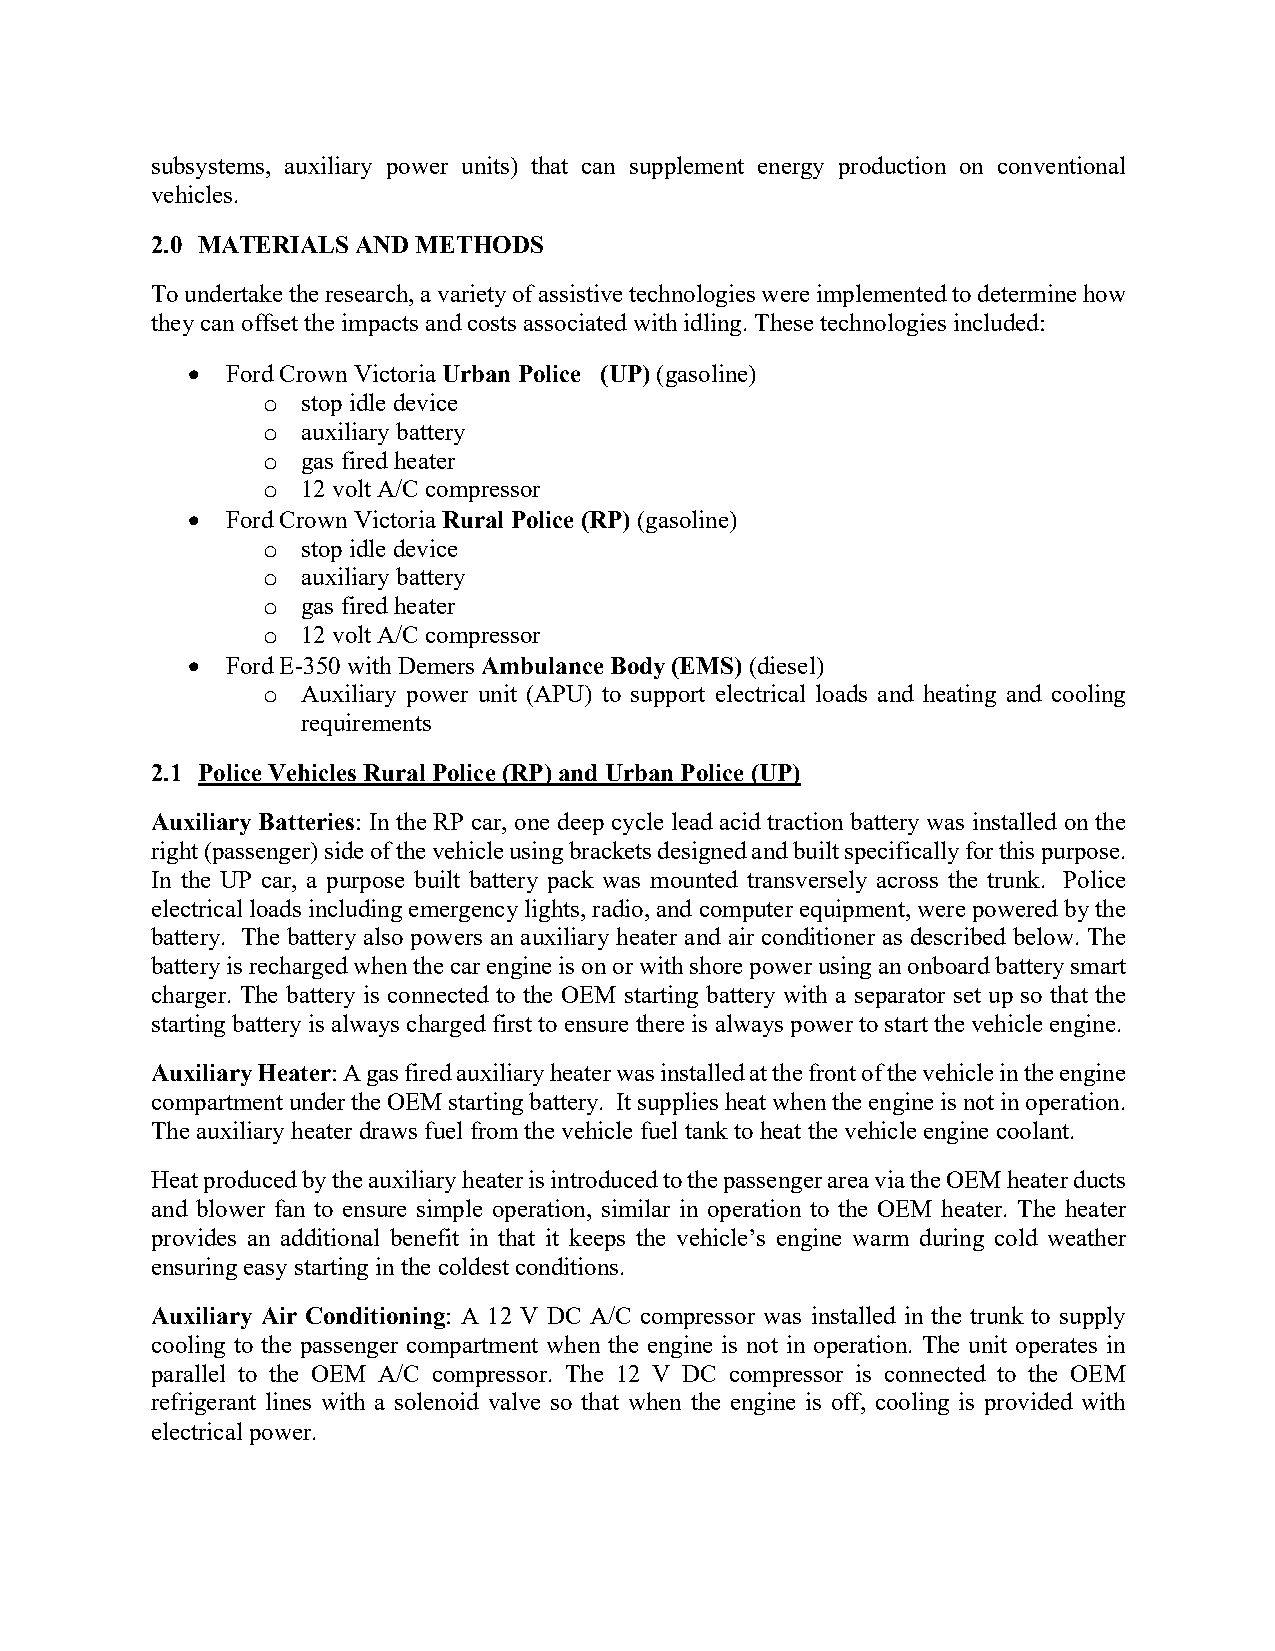
subsystems, auxiliary power units) that can supplement energy production on conventional
 vehicles.
 2.0 MATERIALS AND METHODS
 To undertake the research, a variety of assistive technologies were implemented to determine how
 they can offset the impacts and costs associated with idling. These technologies included:
 •  Ford Crown Victoria Urban Police (UP) (gasoline)
 o  stop idle device
 o  auxiliary battery
 o  gas fired heater
 o  12 volt A/C compressor
 •  Ford Crown Victoria Rural Police (RP) (gasoline)
 o  stop idle device
 o  auxiliary battery
 o  gas fired heater
 o  12 volt A/C compressor
 •  Ford E-350 with Demers Ambulance Body (EMS) (diesel)
 o  Auxiliary power unit (APU) to support electrical loads and heating and cooling
 requirements
 2.1 Police Vehicles Rural Police (RP) and Urban Police (UP)
 Auxiliary Batteries: In the RP car, one deep cycle lead acid traction battery was installed on the
 right (passenger) side of the vehicle using brackets designed and built specifically for this purpose.
 In the UP car, a purpose built battery pack was mounted transversely across the trunk. Police
 electrical loads including emergency lights, radio, and computer equipment, were powered by the
 battery. The battery also powers an auxiliary heater and air conditioner as described below. The
 battery is recharged when the car engine is on or with shore power using an onboard battery smart
 charger. The battery is connected to the OEM starting battery with a separator set up so that the
 starting battery is always charged first to ensure there is always power to start the vehicle engine.
 Auxiliary Heater: A gas fired auxiliary heater was installed at the front of the vehicle in the engine
 compartment under the OEM starting battery. It supplies heat when the engine is not in operation.
 The auxiliary heater draws fuel from the vehicle fuel tank to heat the vehicle engine coolant.
 Heat produced by the auxiliary heater is introduced to the passenger area via the OEM heater ducts
 and blower fan to ensure simple operation, similar in operation to the OEM heater. The heater
 provides an additional benefit in that it keeps the vehicle’s engine warm during cold weather
 ensuring easy starting in the coldest conditions.
 Auxiliary Air Conditioning: A 12 V DC A/C compressor was installed in the trunk to supply
 cooling to the passenger compartment when the engine is not in operation. The unit operates in
 parallel to the OEM A/C compressor. The 12 V DC compressor is connected to the OEM
 refrigerant lines with a solenoid valve so that when the engine is off, cooling is provided with
 electrical power.